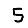
Digit: 5